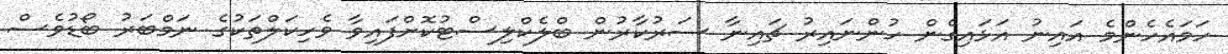
ހަމައެހެންމެ އައިނު އަޅައިގެން ހުންނައިރު ޗައިނާ ސަރުކާރުން ބްލެކްލިސްޓުކޮށްފައިވާ ވެހިކަލްތަކުގެ ނަމްބަރު ބޯޑުވެސް